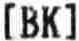
[BK]